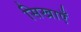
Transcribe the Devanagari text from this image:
सिखाएँ